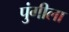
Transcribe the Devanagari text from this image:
पुंगीला